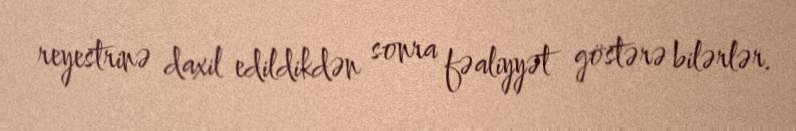
reyestrinə daxil edildikdən sonra fəaliyyət göstərə bilərlər.